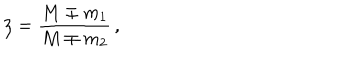
\zeta = \frac { M \mp m _ { 1 } } { M \mp m _ { 2 } } \, ,